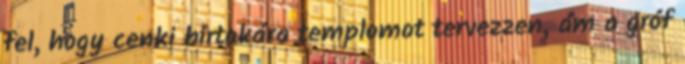
fel, hogy cenki birtokára templomot tervezzen, ám a gróf